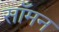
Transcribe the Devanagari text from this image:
साँमन